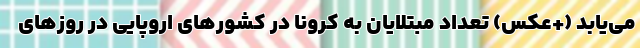
می‌یابد (+عکس) تعداد مبتلایان به کرونا در کشورهای اروپایی در روزهای